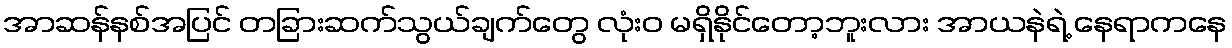
အာဆန်နစ်အပြင် တခြားဆက်သွယ်ချက်တွေ လုံးဝ မရှိနိုင်တော့ဘူးလား အာယနဲရဲ့ နေရာကနေ